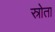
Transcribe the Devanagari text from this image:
स्रोता